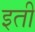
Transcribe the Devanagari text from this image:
इती